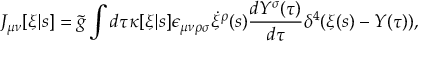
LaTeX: J _ { \mu \nu } [ \xi | s ] = \tilde { g } \int d \tau \kappa [ \xi | s ] \epsilon _ { \mu \nu \rho \sigma } \dot { \xi } ^ { \rho } ( s ) \frac { d Y ^ { \sigma } ( \tau ) } { d \tau } \delta ^ { 4 } ( \xi ( s ) - Y ( \tau ) ) ,